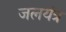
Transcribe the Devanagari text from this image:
जलयंत्र